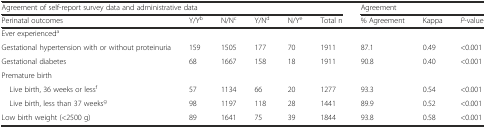
<table><thead><tr><td colspan="6"><b>Agreement of self-report survey data and administrative data</b></td><td colspan="3"><b>Agreement</b></td></tr><tr><td><b>Perinatal outcomes</b></td><td><b>Y/Y<sup>b</sup></b></td><td><b>N/N<sup>c</sup></b></td><td><b>Y/N<sup>d</sup></b></td><td><b>N/Y<sup>e</sup></b></td><td><b>Total n</b></td><td><b>% Agreement</b></td><td><b>Kappa</b></td><td><b><i>P</i>-value</b></td></tr></thead><tbody><tr><td>Ever experienced<sup>a</sup></td><td></td><td></td><td></td><td></td><td></td><td></td><td></td><td></td></tr><tr><td>Gestational hypertension with or without proteinuria</td><td>159</td><td>1505</td><td>177</td><td>70</td><td>1911</td><td>87.1</td><td>0.49</td><td>&lt;0.001</td></tr><tr><td>Gestational diabetes</td><td>68</td><td>1667</td><td>158</td><td>18</td><td>1911</td><td>90.8</td><td>0.40</td><td>&lt;0.001</td></tr><tr><td>Premature birth</td><td></td><td></td><td></td><td></td><td></td><td></td><td></td><td></td></tr><tr><td> Live birth, 36 weeks or less<sup>f</sup></td><td>57</td><td>1134</td><td>66</td><td>20</td><td>1277</td><td>93.3</td><td>0.54</td><td>&lt;0.001</td></tr><tr><td> Live birth, less than 37 weeks<sup>g</sup></td><td>98</td><td>1197</td><td>118</td><td>28</td><td>1441</td><td>89.9</td><td>0.52</td><td>&lt;0.001</td></tr><tr><td>Low birth weight (&lt;2500 g)</td><td>89</td><td>1641</td><td>75</td><td>39</td><td>1844</td><td>93.8</td><td>0.58</td><td>&lt;0.001</td></tr></tbody></table>